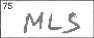
Transcription: MLS